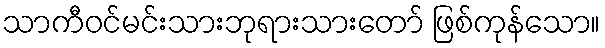
သာကီဝင်မင်းသားဘုရားသားတော် ဖြစ်ကုန်သော။